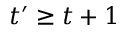
t ^ { \prime } \geq t + 1